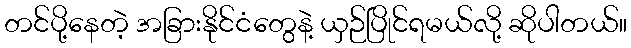
တင်ပို့နေတဲ့ အခြားနိုင်ငံတွေနဲ့ ယှဉ်ပြိုင်ရမယ်လို့ ဆိုပါတယ်။